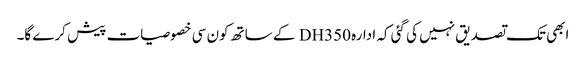
ابھی تک تصدیق نہیں کی گئی کہ ادارہ DH350 کے ساتھ کون سی خصوصیات پیش کرے گا۔